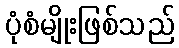
ပုံစံမျိုးဖြစ်သည်